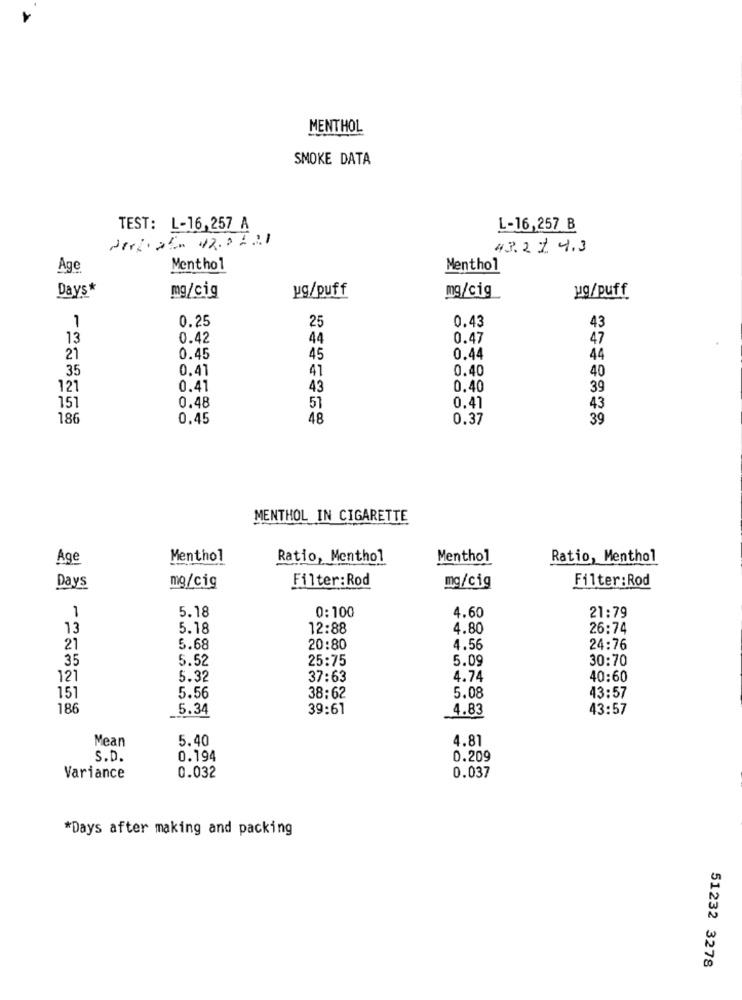
MENTHOL
SMOKE DATA
TEST: L-16,257 A
L-16,257 B
43.21. 4.3
ge.
Menthol
Menthol
Days*
mg/cig
ug/puff
mg/cig
ug/puff
0.25
25
0.43
43
1
13
0.42
44
0.47
47
21
0.45
45
0.44
44
35
0.41
0.40
40
41
121
0.41
43
0.40
39
0.48
151
51
0.41
43
186
0.45
48
0.37
39
MENTHOL IN CIGARETTE
Age
Menthol
Ratio, Menthol
Menthol
Ratio, Menthol
Filter: Rod
mg/cig
Days
mg/cig
Filter:Rod
5.18
0:100
1
4.60
21:79
13
5.18
12:88
4.80
26:74
21
5.68
20:80
4.56
24:76
35
5.52
25:75
5.09
30:70
121
5.32
37:63
4.74
40:60
151
5.56
38:62
5.08
43:57
186
5.34
39:61
4.83
43:57
Mean
5.40
4.81
S.D.
0.194
0.209
0.032
Variance
0.037
*Days after making and packing
51232 3278